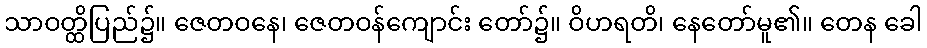
သာဝတ္ထိပြည်၌။ ဇေတဝနေ၊ ဇေတဝန်ကျောင်း တော်၌။ ဝိဟရတိ၊ နေတော်မူ၏။ တေန ခေါ